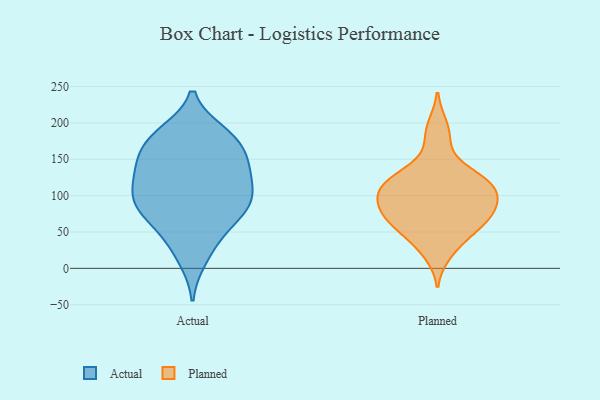
{"axis": {"x": "Energy Usage (MWh)", "y": "Value"}, "legend": ["Actual", "Planned"], "data": [{"x": "", "y": 95, "type": "Actual"}, {"x": "", "y": 186, "type": "Actual"}, {"x": "", "y": 145, "type": "Actual"}, {"x": "", "y": 150, "type": "Actual"}, {"x": "", "y": 75, "type": "Actual"}, {"x": "", "y": 83, "type": "Actual"}, {"x": "", "y": 181, "type": "Actual"}, {"x": "", "y": 55, "type": "Actual"}, {"x": "", "y": 36, "type": "Actual"}, {"x": "", "y": 143, "type": "Actual"}, {"x": "", "y": 114, "type": "Actual"}, {"x": "", "y": 84, "type": "Actual"}, {"x": "", "y": 108, "type": "Actual"}, {"x": "", "y": 180, "type": "Actual"}, {"x": "", "y": 141, "type": "Actual"}, {"x": "", "y": 119, "type": "Actual"}, {"x": "", "y": 13, "type": "Actual"}, {"x": "", "y": 86, "type": "Actual"}, {"x": "", "y": 177, "type": "Actual"}, {"x": "", "y": 20, "type": "Planned"}, {"x": "", "y": 59, "type": "Planned"}, {"x": "", "y": 111, "type": "Planned"}, {"x": "", "y": 67, "type": "Planned"}, {"x": "", "y": 74, "type": "Planned"}, {"x": "", "y": 114, "type": "Planned"}, {"x": "", "y": 94, "type": "Planned"}, {"x": "", "y": 124, "type": "Planned"}, {"x": "", "y": 37, "type": "Planned"}, {"x": "", "y": 95, "type": "Planned"}, {"x": "", "y": 127, "type": "Planned"}, {"x": "", "y": 51, "type": "Planned"}, {"x": "", "y": 117, "type": "Planned"}, {"x": "", "y": 92, "type": "Planned"}, {"x": "", "y": 101, "type": "Planned"}, {"x": "", "y": 76, "type": "Planned"}, {"x": "", "y": 136, "type": "Planned"}, {"x": "", "y": 69, "type": "Planned"}, {"x": "", "y": 176, "type": "Planned"}, {"x": "", "y": 196, "type": "Planned"}]}